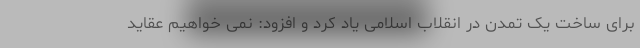
برای ساخت یک تمدن در انقلاب اسلامی یاد کرد و افزود: نمی خواهیم عقاید